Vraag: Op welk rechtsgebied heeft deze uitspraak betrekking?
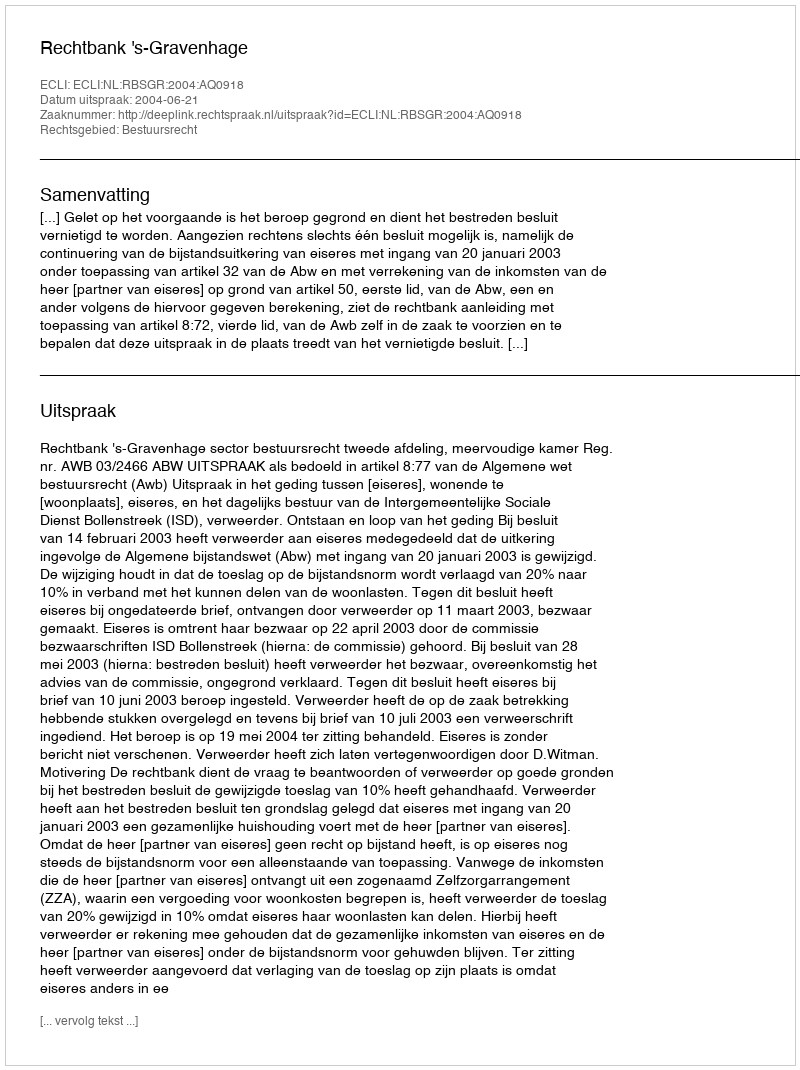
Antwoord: Bestuursrecht